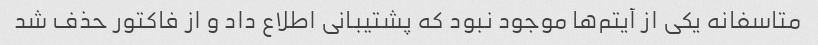
متاسفانه یکی از آیتم‌ها موجود نبود که پشتیبانی اطلاع داد و از فاکتور حذف شد